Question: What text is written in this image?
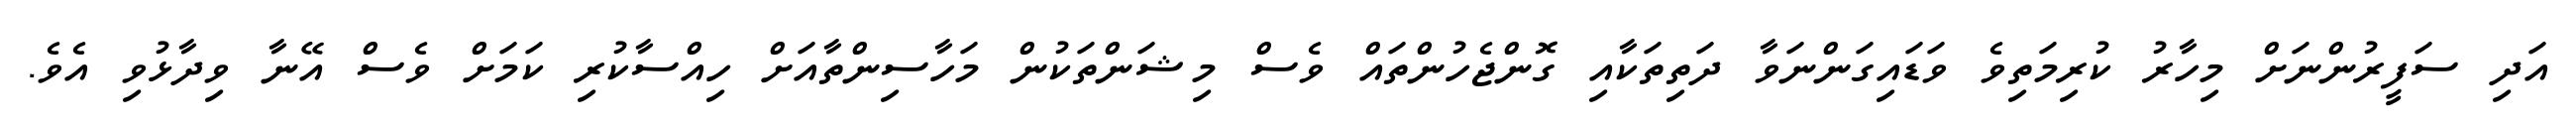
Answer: އަދި ސަފީރުންނަށް މިހާރު ކުރިމަތިވެ ވަޑައިގަންނަވާ ދަތިތަކާއި ގޮންޖެހުންތައް ވެސް މިޝަންތަކުން މަހާސިންތާއަށް ހިއްސާކުރި ކަމަށް ވެސް އޭނާ ވިދާޅުވި އެވެ.